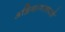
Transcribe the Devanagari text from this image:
अग्निबाणासारखे